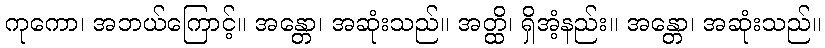
ကုကော၊ အဘယ်ကြောင့်။ အန္တော၊ အဆုံးသည်။ အတ္ထိ၊ ရှိအံ့နည်း။ အန္တော၊ အဆုံးသည်။